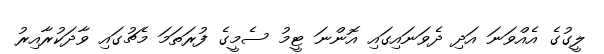
ލީގުގެ އެއްވަނަ އަދި ދެވަނައިގައި އޮންނަ ޓީމު ސެމީގެ ފުރަތަމަ މެޗުގައި ވާދަކުރާއިރު